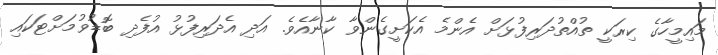
މައިމީހާގެ ކިރަކީ ތުއްތުދަރިފުޅަށް އެންމެ އެކަށީގެންވާ ކާނާއެވެ. އަދި އެދަރިފުޅު އުފެދި ބޮޑުވުމަށްޓަކައި